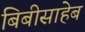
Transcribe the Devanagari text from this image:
बिबीसाहेब